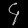
Digit: ၄